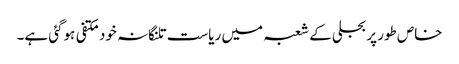
خاص طور پر بجلی کے شعبہ میں ریاست تلنگانہ خود مکتفی ہوگئی ہے۔